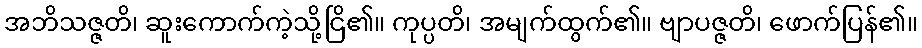
အဘိသဇ္ဇတိ၊ ဆူးကောက်ကဲ့သို့ငြိ၏။ ကုပ္ပတိ၊ အမျက်ထွက်၏။ ဗျာပဇ္ဇတိ၊ ဖောက်ပြန်၏။